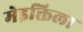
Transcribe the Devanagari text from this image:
मेइक्तिला